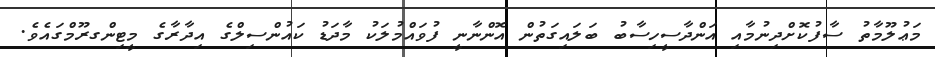
މަޢުލޫމާތު ސާފުކޮށްދިނުމާއި އަންދާސީހިސާބު ބަލައިގަތުން އޮންނާނީ ފުވައްމުލަކު މާދަޑު ކައުންސިލްގެ އިދާރާގެ މީޓިންގރޫމްގައެވެ.